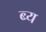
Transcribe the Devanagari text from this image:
ब्य